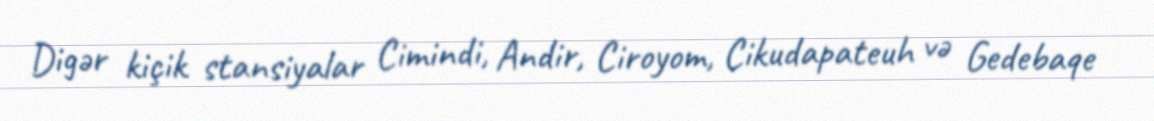
Digər kiçik stansiyalar Cimindi, Andir, Ciroyom, Cikudapateuh və Gedebaqe